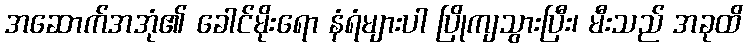
အဆောက်အအုံ၏ ခေါင်မိုးရော နံရံများပါ ပြိုကျသွားပြီး၊ မီးသည် အခုထိ